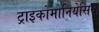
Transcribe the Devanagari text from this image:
ट्राइकोमोनियेसिस